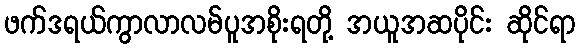
ဖက်ဒရယ်ကွာလာလမ်ပူအစိုးရတို့ အယူအဆပိုင်း ဆိုင်ရာ